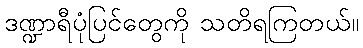
ဒဏ္ဍာရီပုံပြင်တွေကို သတိရကြတယ်။